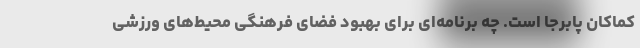
کماکان پابرجا است. چه برنامه‌ای برای بهبود فضای فرهنگی محیط‌های ورزشی